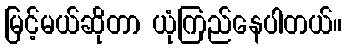
မြင့်မယ်ဆိုတာ ယုံကြည်နေပါတယ်။